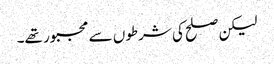
لیکن صلح کی شرطوں سے مجبور تھے۔